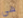
هي